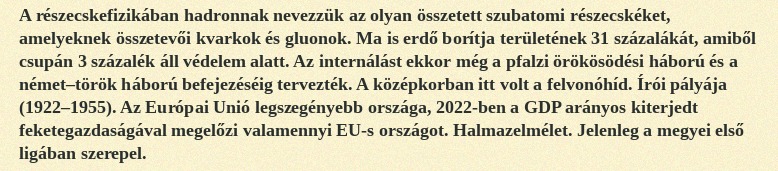
A részecskefizikában hadronnak nevezzük az olyan összetett szubatomi részecskéket, amelyeknek összetevői kvarkok és gluonok. Ma is erdő borítja területének 31 százalákát, amiből csupán 3 százalék áll védelem alatt. Az internálást ekkor még a pfalzi örökösödési háború és a német–török háború befejezéséig tervezték. A középkorban itt volt a felvonóhíd. Írói pályája (1922–1955). Az Európai Unió legszegényebb országa, 2022-ben a GDP arányos kiterjedt feketegazdaságával megelőzi valamennyi EU-s országot. Halmazelmélet. Jelenleg a megyei első ligában szerepel.